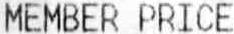
MEMBER PRICE